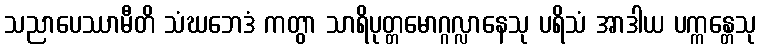
သညာပေဿာမီတိ သံဃဘေဒံ ကတွာ သာရိပုတ္တမောဂ္ဂလ္လာနေသု ပရိသံ အာဒါယ ပက္ကန္တေသု